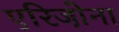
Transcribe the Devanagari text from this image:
एरिजो़ना